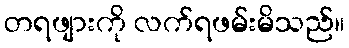
တရဖျားကို လက်ရဖမ်းမိသည်။